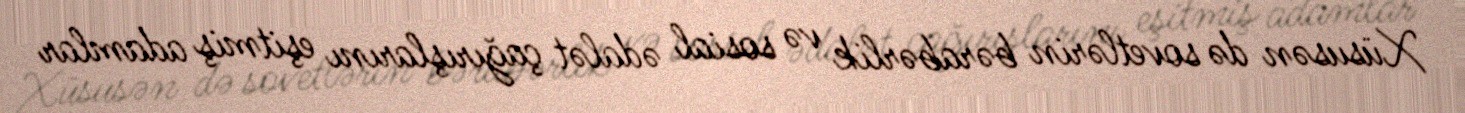
Xüsusən də sovetlərin bərabərlik və sosial ədalət çağırışlarını eşitmiş adamlar